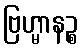
ဗြဟ္မာနဉ္စ